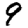
Digit: 9